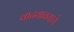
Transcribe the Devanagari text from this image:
वाढवावयाचे